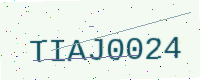
Text: TIAJ0024